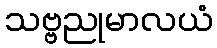
သဗ္ဗညုမာလယံ